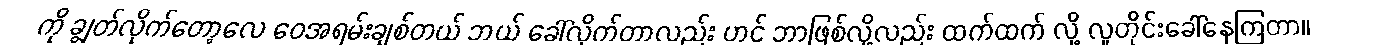
ကို ချွတ်လိုက်တော့လေ ဝေအရမ်းချစ်တယ် ဘယ် ခေါ်လိုက်တာလည်း ဟင် ဘာဖြစ်လို့လည်း ထက်ထက် လို့ လူတိုင်းခေါ်နေကြတာ။